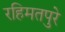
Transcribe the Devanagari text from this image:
रहिमतपुरे